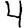
Digit: 4